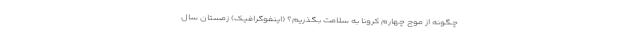
چگونه از موج چهارم کرونا به سلامت بگذریم؟ (اینفوگرافیک) زمستان سال